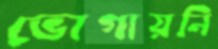
ভোগায়নি